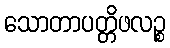
သောတာပတ္တိဖလဉ္စ